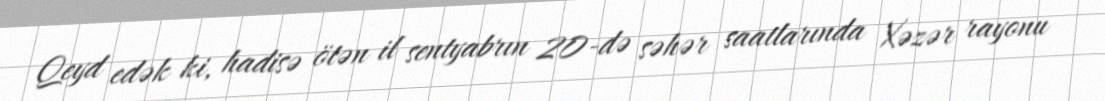
Qeyd edək ki, hadisə ötən il sentyabrın 20-də səhər saatlarında Xəzər rayonu